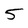
Character: 5